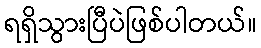
ရရှိသွားပြီပဲဖြစ်ပါတယ်။